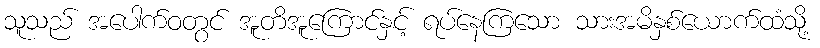
သူသည် အပေါက်ဝတွင် အူတိအူကြောင်နှင့် ရပ်နေကြသော သားအမိနှစ်ယောက်ထံသို့